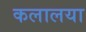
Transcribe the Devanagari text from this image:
कलालया